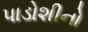
પાડોશીનો